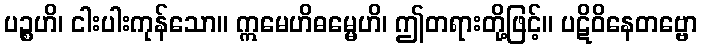
ပဉ္စဟိ၊ ငါးပါးကုန်သော။ ဣမေဟိဓမ္မေဟိ၊ ဤတရားတို့ဖြင့်။ ပဋိဝိနေတဗ္ဗော